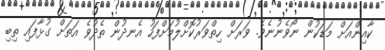
ކާއިންއަށް މަޑަކުން ނޯވެނުނެވެ. ވަރަށް ހިތްވަރުކޮށްލުމަށްފަހު އެނދުން ތެދުވެ އަތަށް ގުޅާފައި ތިބި